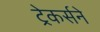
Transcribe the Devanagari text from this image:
ट्रेकर्सने